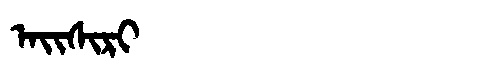
Manchu: ᠠᡳᠰᡳᡵᡳ
Romanization: AISIRI